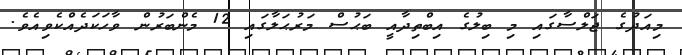
މިއަދުގެ ޖަލްސާގައި މި ބިލުގެ އިބްތިދާއީ ބަޙުސް މަރުޙަލާގައި 12 މެންބަރުން ވާހަކަދެއްކެވިއެވެ.